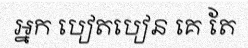
អ្នក បៀតបៀន គេ តែ